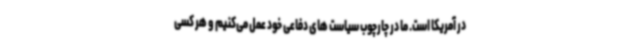
در آمریکا است. ما در چارچوب سیاست های دفاعی خود عمل می‌کنیم و هر کسی